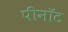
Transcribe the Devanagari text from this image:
पीनॉट